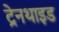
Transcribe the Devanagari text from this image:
ट्रेनथाइड